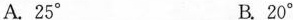
A.2 5° B. 20°C.